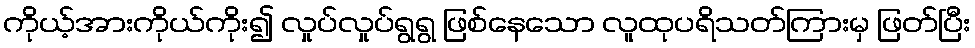
ကိုယ့်အားကိုယ်ကိုး၍ လှုပ်လှုပ်ရွရွ ဖြစ်နေသော လူထုပရိသတ်ကြားမှ ဖြတ်ပြီး